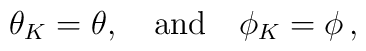
\theta_{K} = \theta,~~~ {\rm and} ~~~\phi_K = \phi\,,